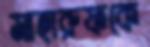
মাহারুফকে